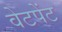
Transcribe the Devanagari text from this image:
वेटपेंट